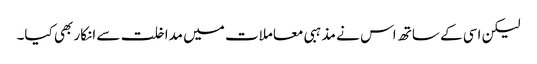
لیکن اسی کے ساتھ اس نے مذہبی معاملات میں مداخلت سے انکار بھی کیا۔